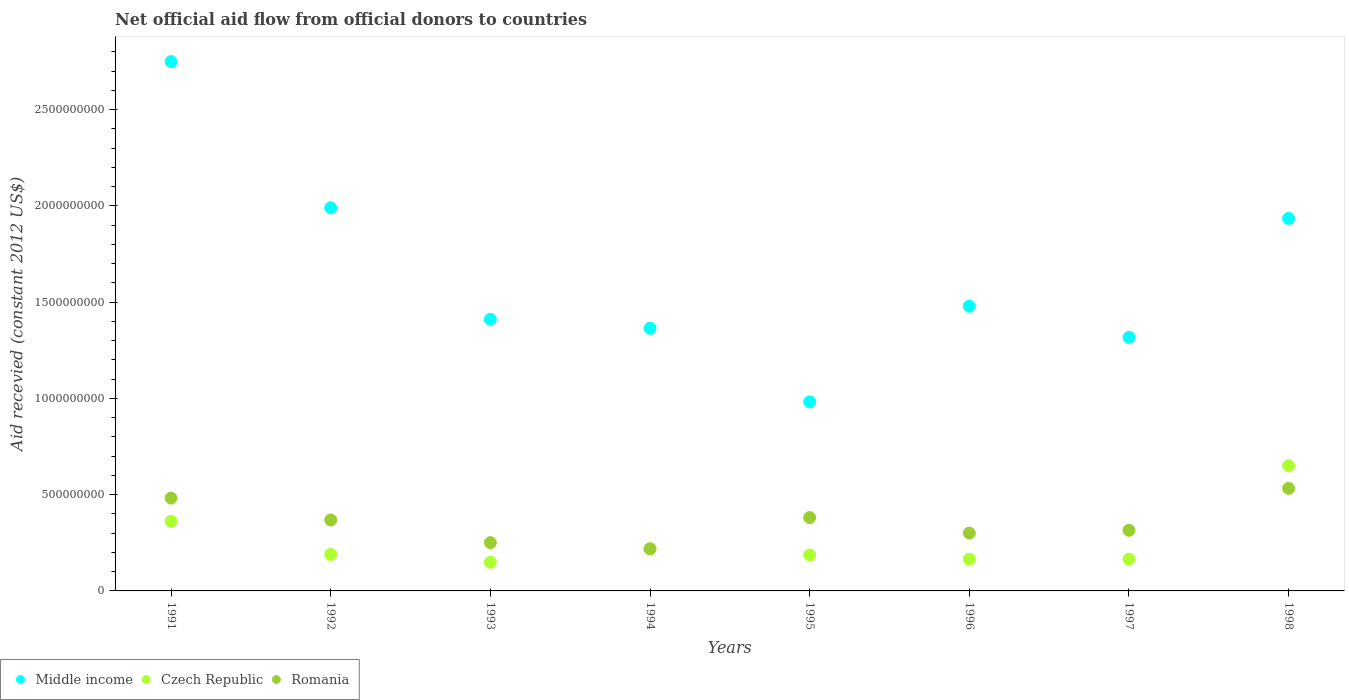
| Years | Middle income | Czech Republic | Romania |
 | --- | --- | --- | --- |
 | 1991 | 2.75e+09 | 3.62e+08 | 4.82e+08 |
 | 1992 | 1.99e+09 | 1.89e+08 | 3.68e+08 |
 | 1993 | 1.41e+09 | 1.49e+08 | 2.51e+08 |
 | 1994 | 1.36e+09 | 2.19e+08 | 2.19e+08 |
 | 1995 | 9.82e+08 | 1.87e+08 | 3.81e+08 |
 | 1996 | 1.48e+09 | 1.65e+08 | 3e+08 |
 | 1997 | 1.32e+09 | 1.65e+08 | 3.15e+08 |
 | 1998 | 1.93e+09 | 6.5e+08 | 5.33e+08 |